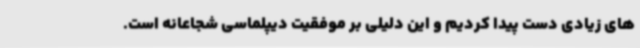
های زیادی دست پیدا کردیم و این دلیلی بر موفقیت دیپلماسی شجاعانه است.